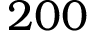
2 0 0